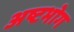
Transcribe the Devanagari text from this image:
अष्टभोग